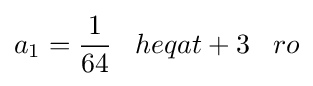
a_{1}={\frac {1}{64}}\;\;\;heqat+3\;\;\;ro